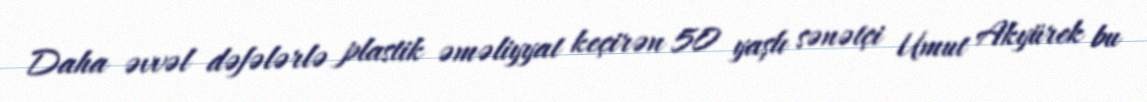
Daha əvvəl dəfələrlə plastik əməliyyat keçirən 50 yaşlı sənətçi Umut Akyürek bu